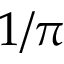
1 / \pi